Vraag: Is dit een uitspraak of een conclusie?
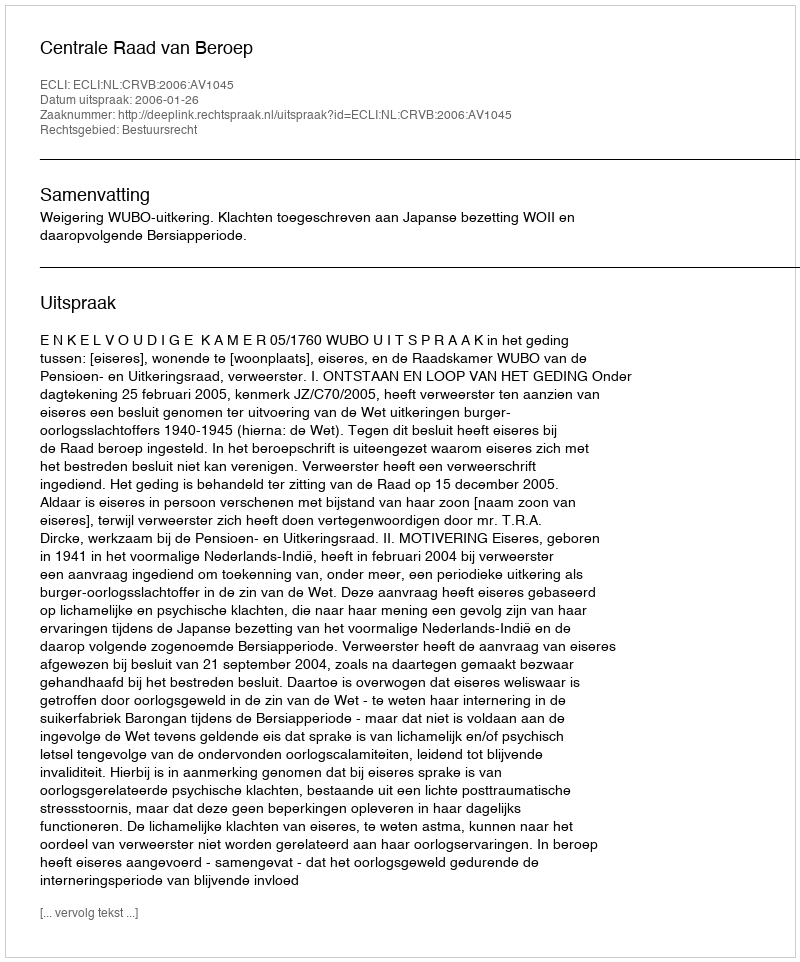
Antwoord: Uitspraak